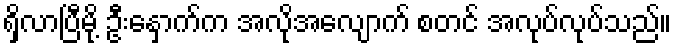
ရှိလာပြီမို့ ဦးနှောက်က အလိုအလျောက် စတင် အလုပ်လုပ်သည်။